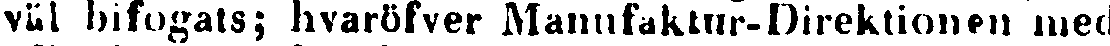
väl bifogats; hvaröfver Manufaktur-Direktionen med